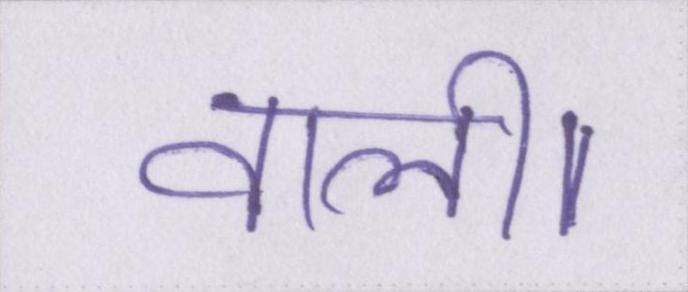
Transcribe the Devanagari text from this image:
वाली।